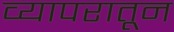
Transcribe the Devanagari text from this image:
व्यापरातून